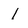
Character: 1